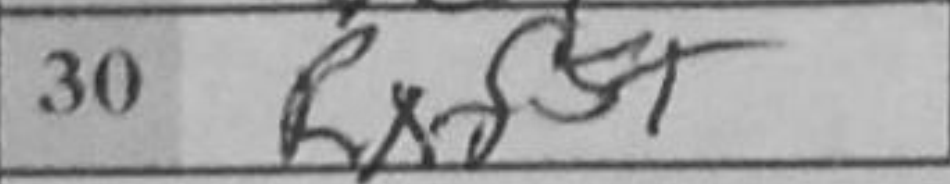
Transcription: Rxf5+